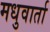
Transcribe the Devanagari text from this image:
मधुवार्ता